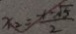
x _ { 2 } = \frac { 1 - \sqrt { 5 } } { 2 }